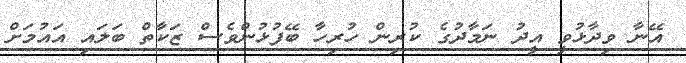
އޭނާ ވިދާޅުވީ އީދު ނަމާދުގެ ކުރިން ހުރިހާ ބޭފުޅުންވެސް ޒަކާތް ބަލައި އައުމަށް